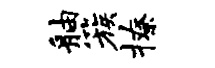
舳簇撩